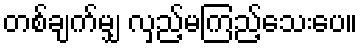
တစ်ချက်မျှ လှည့်မကြည့်သေးပေ။